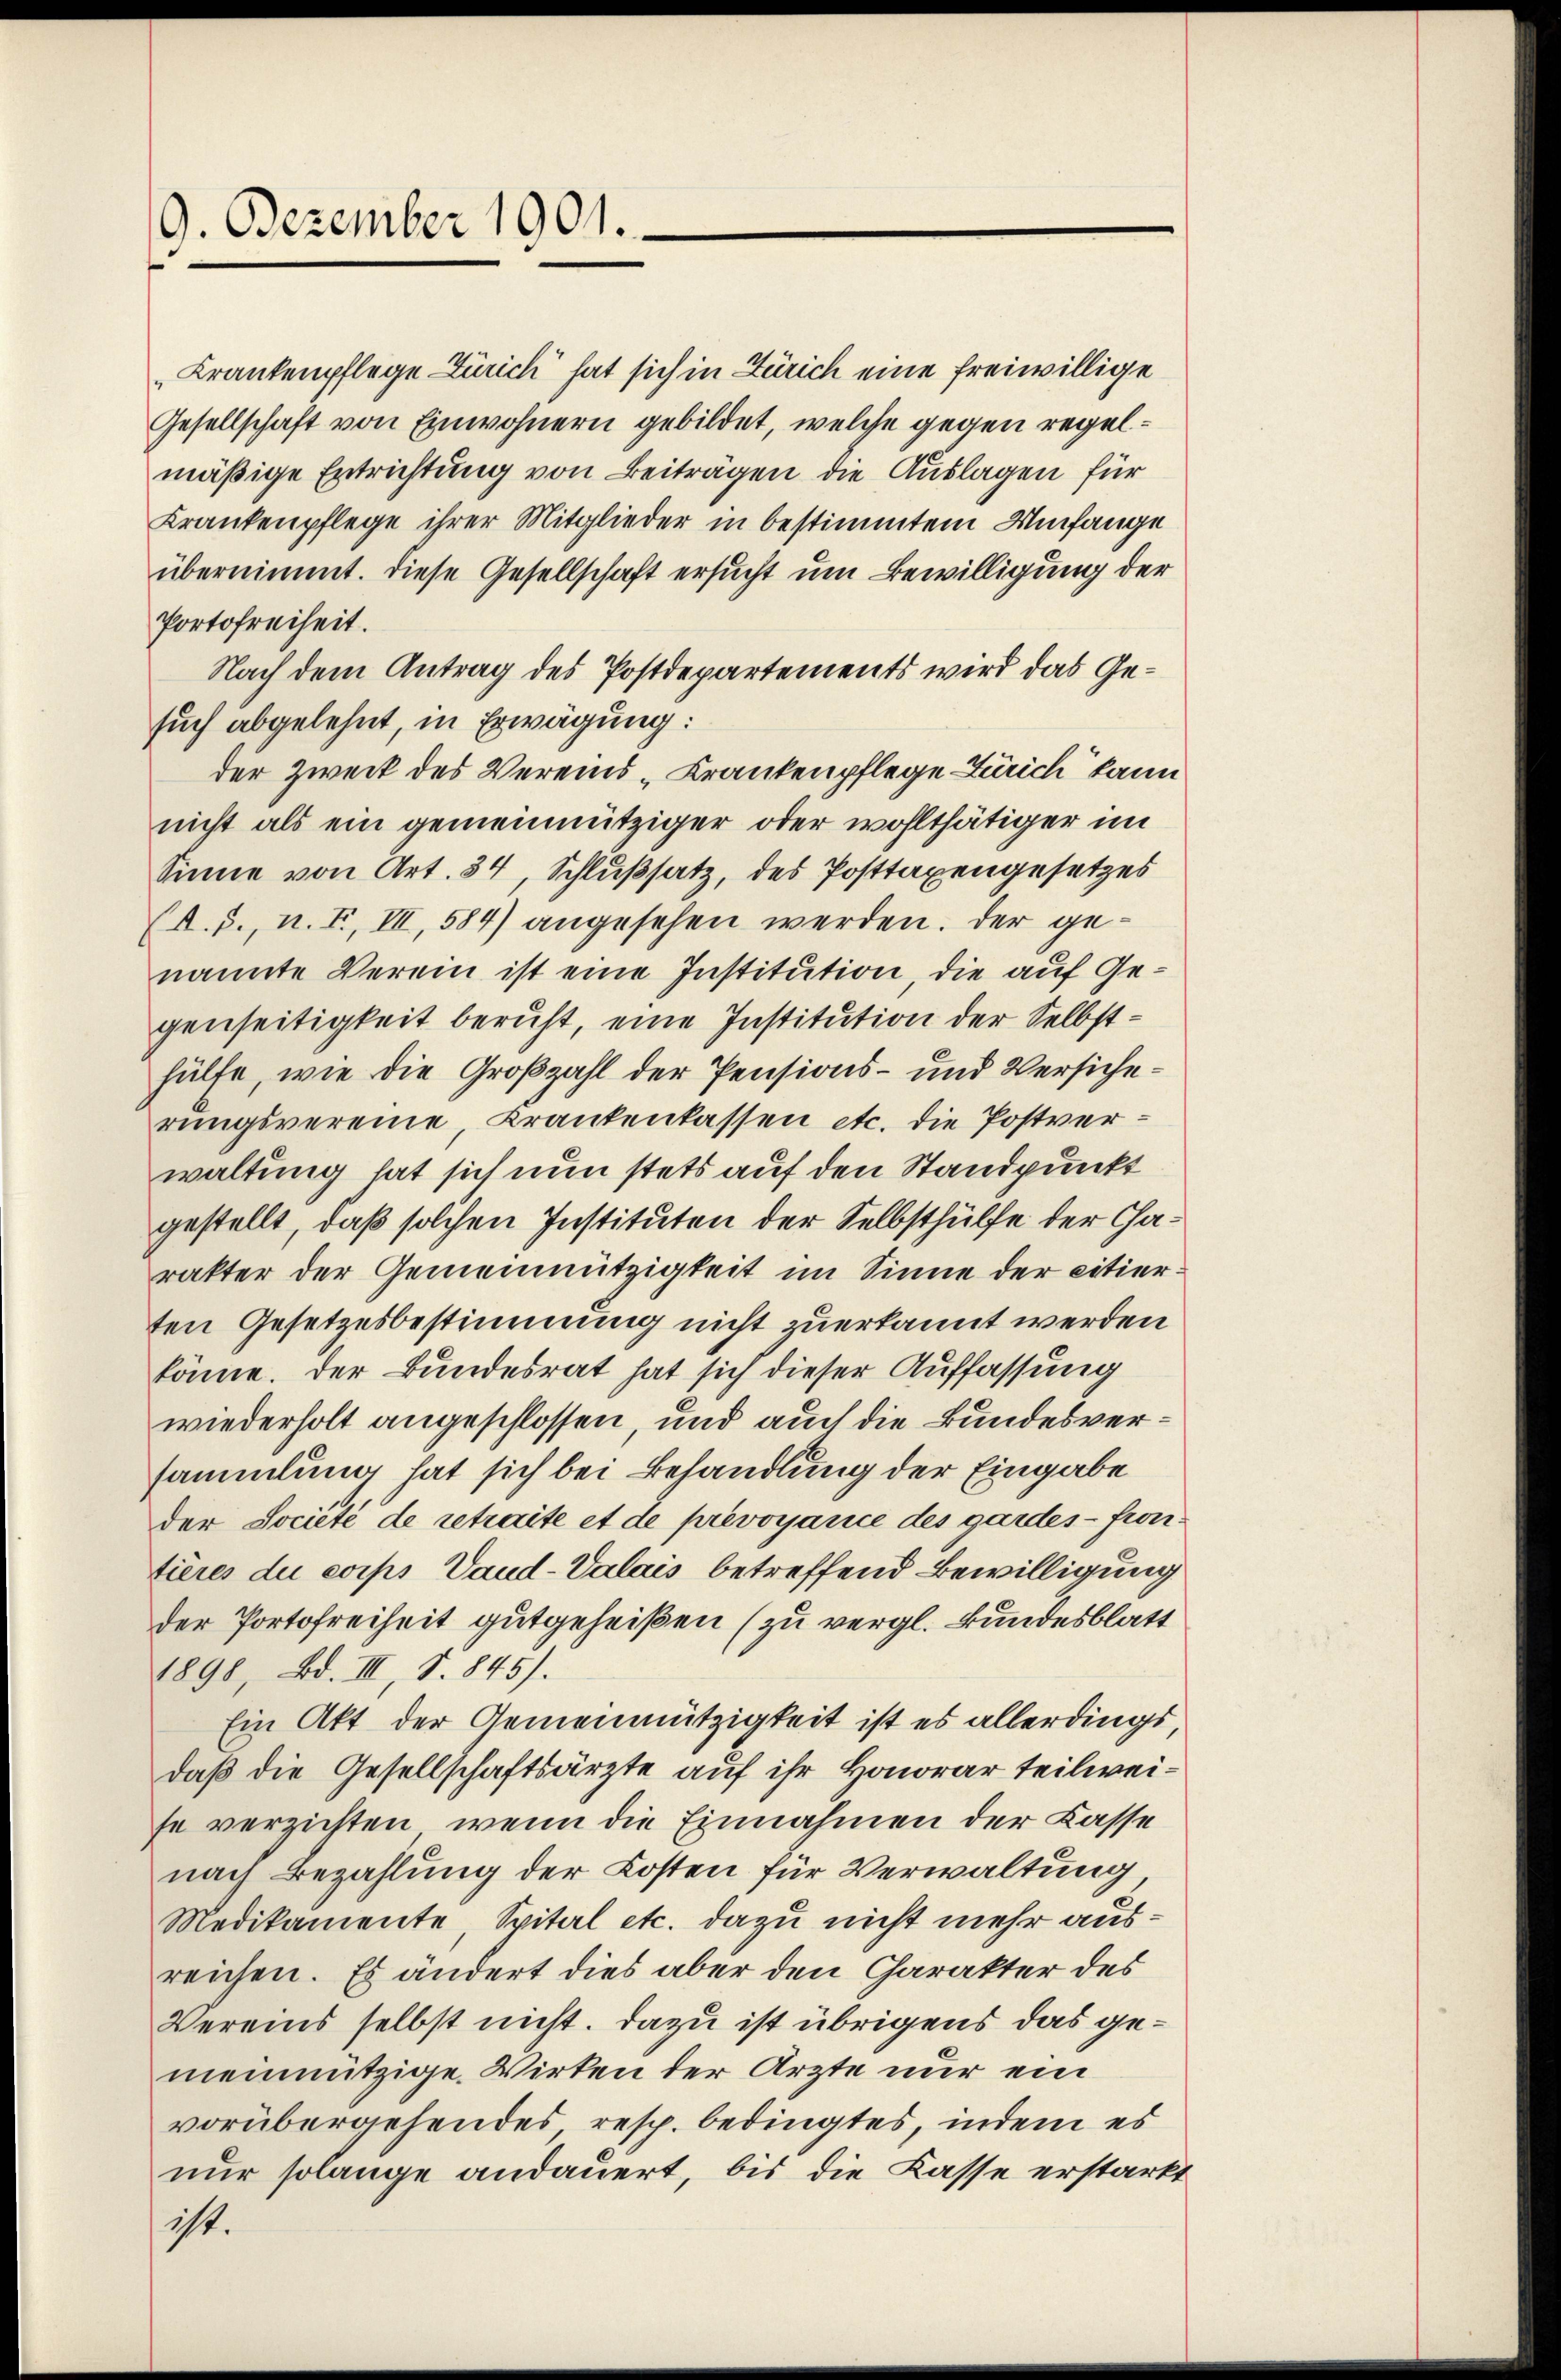
9. Dezember 1901.

„Krankenpflege Zürich hat sich in Zürich eine freiwillige
Gesellschaft von Einwohnern gebildet, welche gegen regelmäßige Entrichtung von Beiträgen die Auslagen für
Krankenpflege ihrer Mitglieder in bestimmtem Umfange
übernimmt. Diese Gesellschaft ersucht um Bewilligung der
Portofreiheit.
Nach dem Antrag des Postdepartements wird das Gesuch abgelehnt, in Erwägung:
der Zweck des Vereins-Krankenpflege Zürich kann
nicht als ein gemeinnütziger oder wohlthätiger im
Sinne von Art. 34, Schlußsatz, des Posttaxengesetzes
(A.J., n. F. III, 584) angesehen werden. Der genannte Verein ist eine Institution, die auf Gegenseitigkeit beruht, eine Institution der Selbsthülfe, wie die Großzahl der Pensions- und Versicherungsvereine, Krankenkassen etc. die Postverwaltung hat sich nun stets auf den Standpunkt
gestellt, daß solchen Instituten der Selbsthülfe der Charakter der Gemeinnützigkeit im Sinne der citierten Gesetzesbestimmung nicht zuerkannt werden
könne. Der Bundesrat hat sich dieser Auffassung
wiederholt angeschlossen, und auch die Bundesversammlung hat sich bei Behandlung der Eingabe
der Société de retraite et de prévoyarice des gardes - frontières du corps Vaud-Valais betreffend Bewilligung
der Portofreiheit gutgeheißen (zu vergl. Bundesblatt
1898, Bd. III, S. 845).
Ein Akt der Gemeinnützigkeit ist es allerdingt,
daß die Gesellschaftsärzte auf ihr Honorar teilweise verzichten, wenn die Einnahmen der Kasse
nach Bezahlung der Kosten für Verwaltung
Medikamente Spital etc. dazu nicht mehr ausreichen. Es ändert dies aber den Charakter des
Vereins selbst nicht. Dazu ist übrigens das gemeinnützige Wirken der Ärzte nur ein
vorübergehendes resp. bedingtes, indem es
nur solange andauert, bis die Kasse erstärkt
ist.